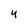
Character: Y